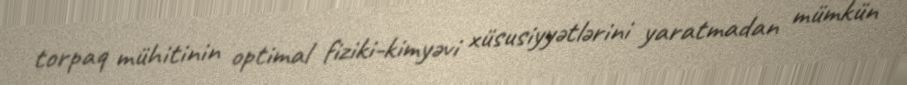
torpaq mühitinin optimal fiziki-kimyəvi xüsusiyyətlərini yaratmadan mümkün